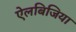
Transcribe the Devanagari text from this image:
ऐलबिजिया